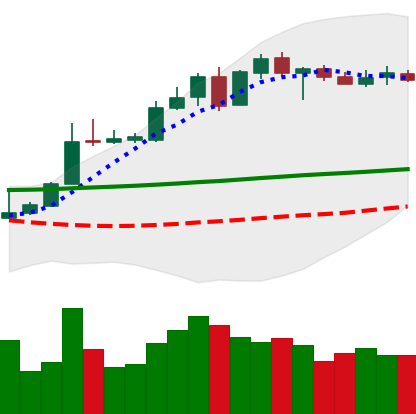
Ticker: XLM-USD
Chart end date: 2020-05-09
Forward return: -4.014%
Label: down_3_5